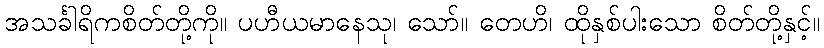
အသင်္ခါရိကစိတ်တို့ကို။ ပဟီယမာနေသု၊ သော်။ တေဟိ၊ ထိုနှစ်ပါးသော စိတ်တို့နှင့်။